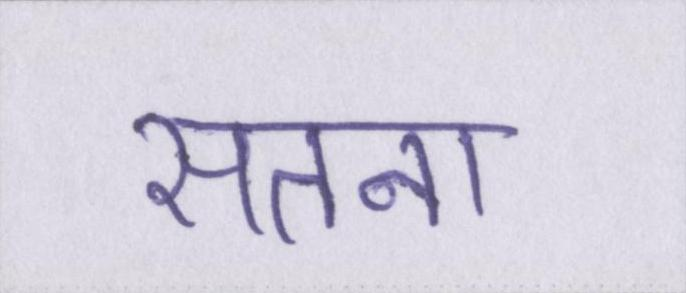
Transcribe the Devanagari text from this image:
सतना